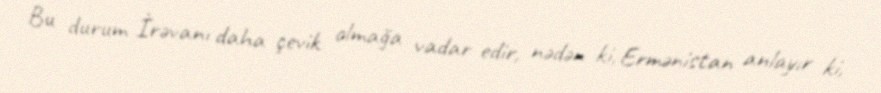
Bu durum İrəvanı daha çevik olmağa vadar edir, nədən ki, Ermənistan anlayır ki,